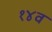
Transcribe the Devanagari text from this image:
१४व